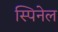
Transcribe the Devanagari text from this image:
स्पिनेल